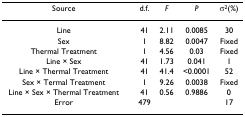
<table><thead><tr><td><b>Source</b></td><td></td><td><b>d.f.</b></td><td><b><i>F</i></b></td><td><b><i>P</i></b></td><td><b>σ<sup>2</sup>(%)</b></td></tr></thead><tbody><tr><td>Line</td><td></td><td>41</td><td>2.11</td><td>0.0085</td><td>30</td></tr><tr><td>Sex</td><td></td><td>1</td><td>8.82</td><td>0.0047</td><td>Fixed</td></tr><tr><td>Thermal Treatment</td><td></td><td>1</td><td>4.56</td><td>0.03</td><td>Fixed</td></tr><tr><td>Line × Sex</td><td></td><td>41</td><td>1.73</td><td>0.041</td><td>1</td></tr><tr><td>Line × Thermal Treatment</td><td></td><td>41</td><td>41.4</td><td>&lt;0.0001</td><td>52</td></tr><tr><td>Sex × Termal Treatment</td><td></td><td>1</td><td>9.26</td><td>0.0038</td><td>Fixed</td></tr><tr><td>Line × Sex × Thermal Treatment</td><td></td><td>41</td><td>0.56</td><td>0.9886</td><td>0</td></tr><tr><td>Error</td><td></td><td>479</td><td></td><td></td><td>17</td></tr></tbody></table>